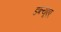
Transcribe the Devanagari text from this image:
डब्ल्यूएए